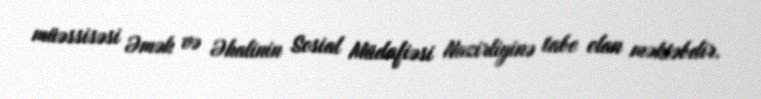
müəssisəsi Əmək və Əhalinin Sosial Müdafiəsi Nazirliyinə tabe olan məktəbdir.